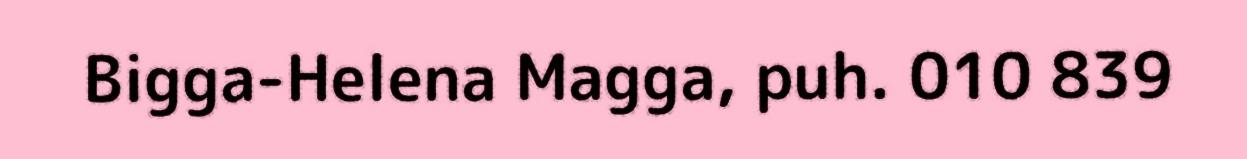
Bigga-Helena Magga, puh. 010 839